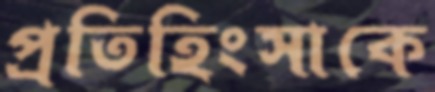
প্রতিহিংসাকে